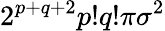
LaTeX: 2^{p+q+2}p!q!\pi\sigma^{2}